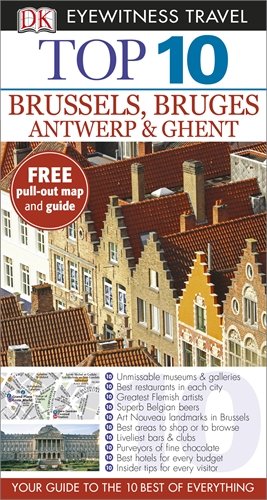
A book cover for Brussels, Bruges, Antwerp & Ghent (DK Eyewitness Top 10 Travel Guide); Antony Mason; Travel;